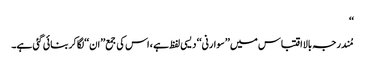
‘‘
مُندرجہ بالااقتباس میں ’’سوارنی‘‘ دیسی لفظ ہے ، اس کی جمع’’ان‘‘لگاکربنائی گئی ہے۔